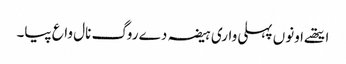
ایتھے اونوں پہلی واری ہیضہ دے روگ نال واع پیا۔